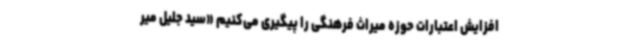
افزایش اعتبارات حوزه میراث فرهنگی را پیگیری می‌کنیم «سید جلیل میر